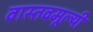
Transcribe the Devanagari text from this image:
वास्तवमूल्यी